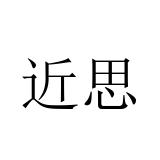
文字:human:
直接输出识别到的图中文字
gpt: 近思